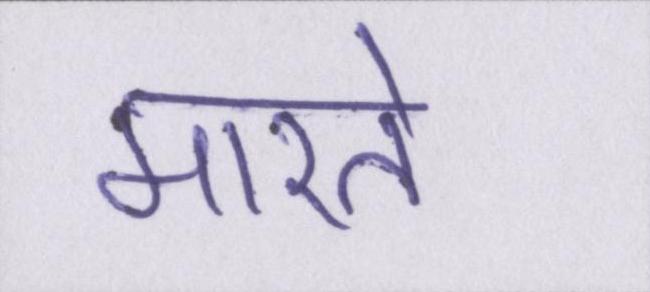
मारते